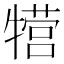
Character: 𱭰